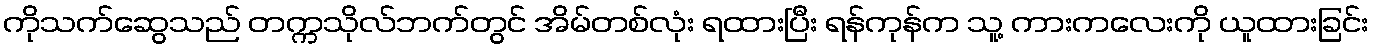
ကိုသက်ဆွေသည် တက္ကသိုလ်ဘက်တွင် အိမ်တစ်လုံး ရထားပြီး ရန်ကုန်က သူ့ ကားကလေးကို ယူထားခြင်း